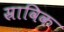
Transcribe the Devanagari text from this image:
स्राविक